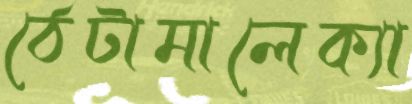
ঠেটামালেক্যা